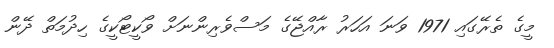
މީގެ ތެރޭގައި 1971 ވަނަ އަހަރު ރާއްޖޭގެ މަސްވެރިންނަށް ވޯކީޓޯކީގެ ހިދުމަތް ދޭން